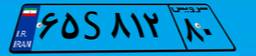
۴۴S۵۳۴۹۳